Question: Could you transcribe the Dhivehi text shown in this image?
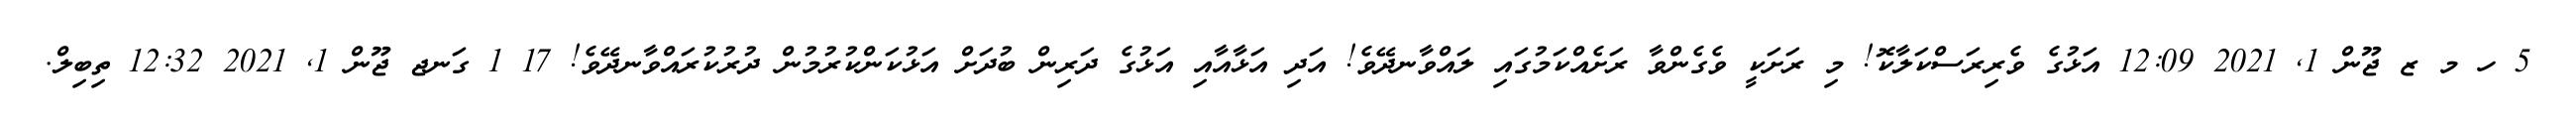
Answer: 5 ހ މ ޒ ޖޫން 1, 2021 12:09 އަޅުގެ ވެރިރަސްކަލާކޮ! މި ރަށަކީ ވެގެންވާ ރަށެއްކަމުގައި ލައްވާނދޭވެ! އަދި އަޅާއާއި އަޅުގެ ދަރިން ބުދަށް އަޅުކަންކުރުމުން ދުރުކުރައްވާނދޭވެ! 17 1 ގަނޖ ޖޫން 1, 2021 12:32 ތިބިލް.